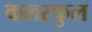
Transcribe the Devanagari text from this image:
कलरफुल